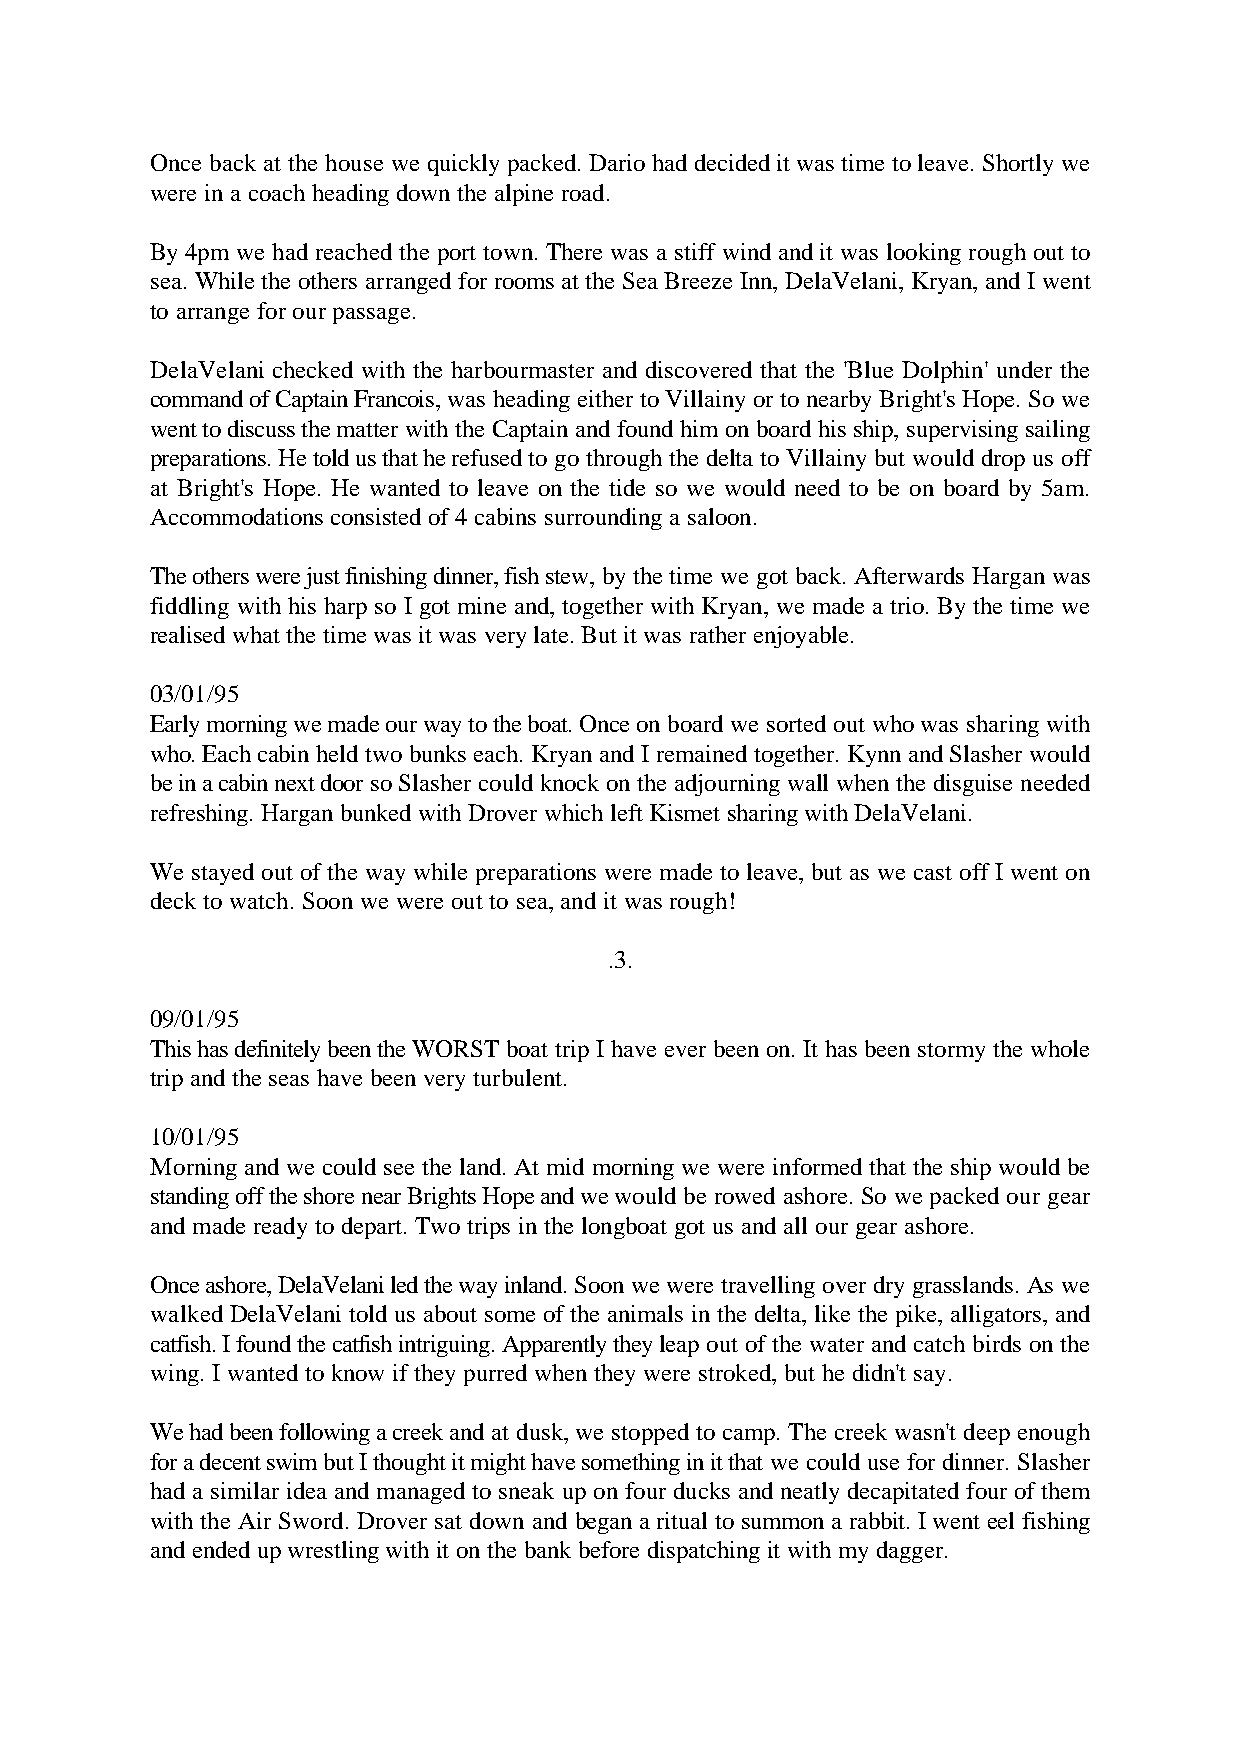
Once back at the house we quickly packed. Dario had decided it was time to leave. Shortly we
 were in a coach heading down the alpine road.
 By 4pm we had reached the port town. There was a stiff wind and it was looking rough out to
 sea. While the others arranged for rooms at the Sea Breeze Inn, DelaVelani, Kryan, and I went
 to arrange for our passage.
 DelaVelani checked with the harbourmaster and discovered that the 'Blue Dolphin' under the
 command of Captain Francois, was heading either to Villainy or to nearby Bright's Hope. So we
 went to discuss the matter with the Captain and found him on board his ship, supervising sailing
 preparations. He told us that he refused to go through the delta to Villainy but would drop us off
 at Bright's Hope. He wanted to leave on the tide so we would need to be on board by 5am.
 Accommodations consisted of 4 cabins surrounding a saloon.
 The others were just finishing dinner, fish stew, by the time we got back. Afterwards Hargan was
 fiddling with his harp so I got mine and, together with Kryan, we made a trio. By the time we
 realised what the time was it was very late. But it was rather enjoyable.
 03/01/95
 Early morning we made our way to the boat. Once on board we sorted out who was sharing with
 who. Each cabin held two bunks each. Kryan and I remained together. Kynn and Slasher would
 be in a cabin next door so Slasher could knock on the adjourning wall when the disguise needed
 refreshing. Hargan bunked with Drover which left Kismet sharing with DelaVelani.
 We stayed out of the way while preparations were made to leave, but as we cast off I went on
 deck to watch. Soon we were out to sea, and it was rough!
 .3.
 09/01/95
 This has definitely been the WORST boat trip I have ever been on. It has been stormy the whole
 trip and the seas have been very turbulent.
 10/01/95
 Morning and we could see the land. At mid morning we were informed that the ship would be
 standing off the shore near Brights Hope and we would be rowed ashore. So we packed our gear
 and made ready to depart. Two trips in the longboat got us and all our gear ashore.
 Once ashore, DelaVelani led the way inland. Soon we were travelling over dry grasslands. As we
 walked DelaVelani told us about some of the animals in the delta, like the pike, alligators, and
 catfish. I found the catfish intriguing. Apparently they leap out of the water and catch birds on the
 wing. I wanted to know if they purred when they were stroked, but he didn't say.
 We had been following a creek and at dusk, we stopped to camp. The creek wasn't deep enough
 for a decent swim but I thought it might have something in it that we could use for dinner. Slasher
 had a similar idea and managed to sneak up on four ducks and neatly decapitated four of them
 with the Air Sword. Drover sat down and began a ritual to summon a rabbit. I went eel fishing
 and ended up wrestling with it on the bank before dispatching it with my dagger.